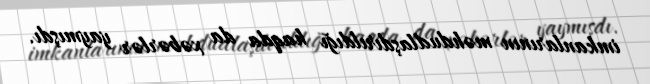
imkanlarının məhdudlaşdırıldığı haqda da xəbərlər yaymışdı.